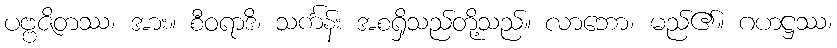
ပဗ္ဗဇိတဿ၊ အား။ စီဝရာဒိ၊ သင်္ကန်း အစရှိသည်တို့သည်။ လာဘော၊ မည်၏။ ဂဟဋ္ဌဿ၊